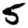
Digit: 5